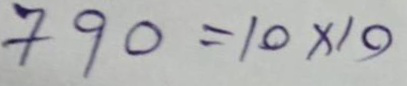
790 = 10 x 10